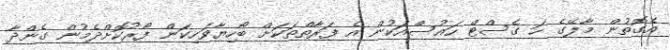
އެގޮތުން މާލޭގެ ހަ ގެސްޓް ހައުސްއަކުން އެ ފަރާތްތަކަށް ބޯހިޔާވަހިކަން ފޯރުކޮށްދެމުން ގެންދާ